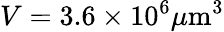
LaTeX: V=3.6\times 10^{6}\mu\mathrm{m}^{3}